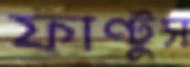
ফাণ্টুস